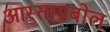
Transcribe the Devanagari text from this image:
आस्तामबोल